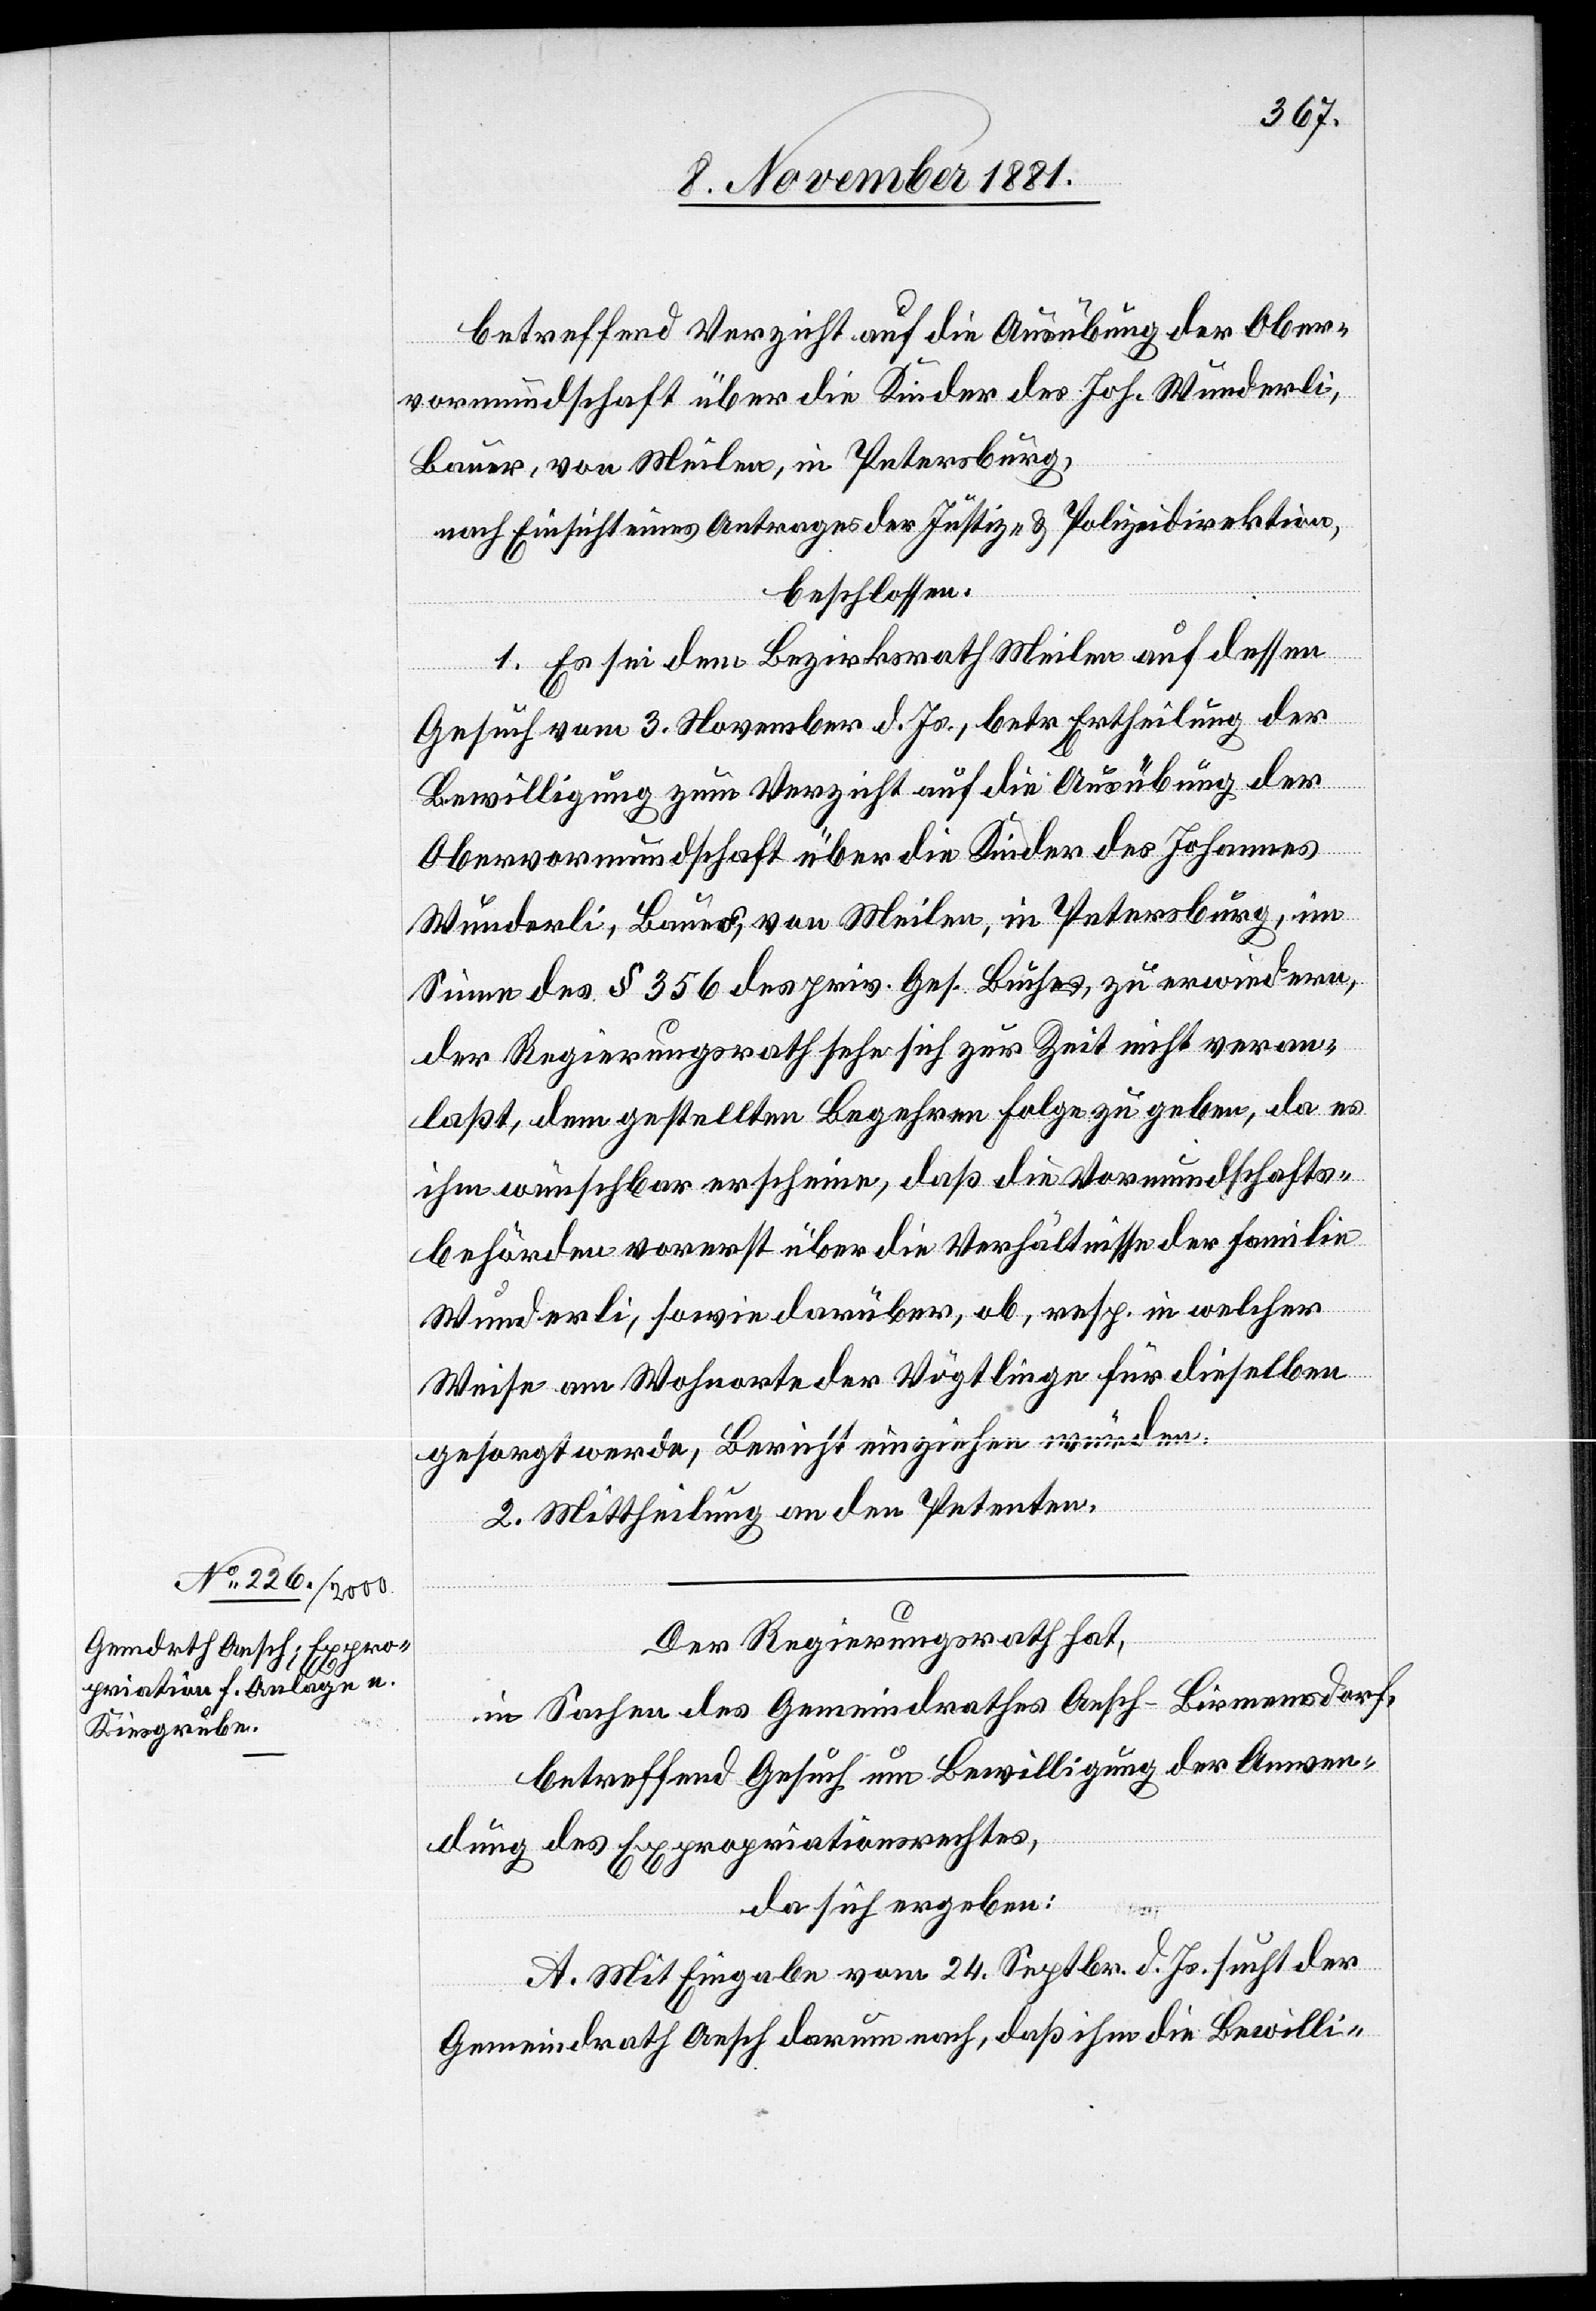
betreffend Verzicht auf die Ausübung der Ober¬
vormundschaft über die Kinder des Joh. Wunderli,
Bauer, von Meilen, in Petersburg,
nach Einsicht eines Antrages der Justiz- & Polizeidirektion,
beschlossen:
1. Es sei dem Bezirksrath Meilen auf dessen
Gesuch vom 3. November d. Js., betr. Ertheilung der
Bewilligung zum Verzicht auf die Ausübung der
Obervormundschaft über die Kinder des Johannes
Wunderli, Bauer, von Meilen, in Petersburg, im
Sinne des § 356 des priv. Ges. Buches, zu erwiedern,
der Regierungsrath sehe sich zur Zeit nicht veran¬
laßt, dem gestellten Begehren Folge zu geben, da es
ihm wünschbar erscheine, daß die Vormundschafts¬
behörden vorerst über die Verhältnisse der Familie
Wunderli, sowie darüber, ob, resp. in welcher
Weise am Wohnorte der Vögtlinge für dieselben
gesorgt werde, Bericht einziehen würden.
2. Mittheilung an den Petenten.
Der Regierungsrath hat,
in Sachen des Gemeindrathes Aesch - Birmensdorf,
betreffend Gesuch um Bewilligung der Anwen¬
dung des Expropriationsrechtes,
da sich ergeben:
A. Mit Eingabe vom 24. Septbr. d. Js. sucht der
Gemeindrath Aesch darum nach, daß ihm die Bewilli-